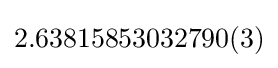
2.63815853032790(3)